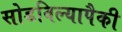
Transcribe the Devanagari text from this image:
सोडविल्यापैकी